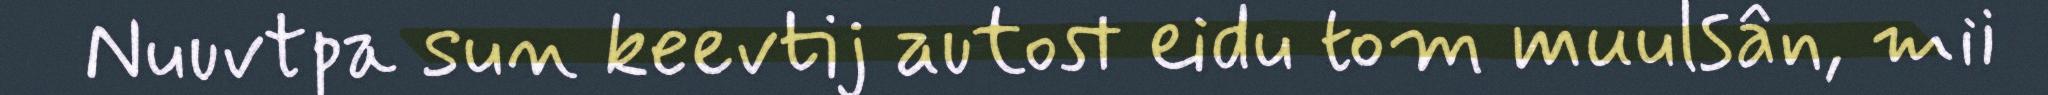
Nuuvtpa sun keevtij autost eidu tom muulsân, mii